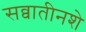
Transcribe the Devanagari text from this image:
सव्वातीनशे